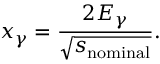
x _ { \gamma } = \frac { 2 E _ { \gamma } } { \sqrt { s _ { \mathrm { n o m i n a l } } } } .